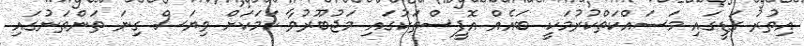
އިތުރު ގަޑީގައި މަސައްކަތްކުރުމަކީ ބައެއް އޮފީސްތަކުގައި މަޖުބޫރުވާ ކަމަކަށް ވިޔަސް ގިނަ ތަންތަނުގައި